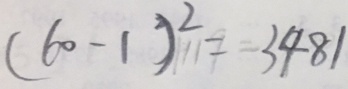
( 6 0 - 1 ) ^ { 2 } = 3 4 8 1